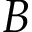
\boldsymbol { B }